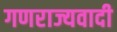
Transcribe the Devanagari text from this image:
गणराज्यवादी